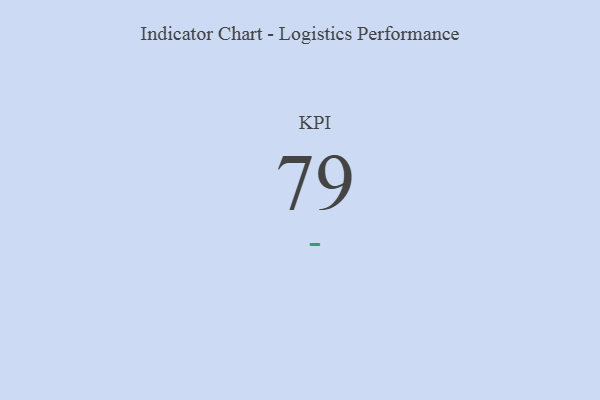
{"axis": {"x": "KPI", "y": "Value"}, "legend": [""], "data": [{"x": "KPI", "y": 79, "type": ""}]}